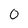
Character: 0